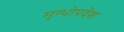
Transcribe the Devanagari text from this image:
मुग्धोपदेश